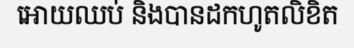
អោយឈប់ និងបានដកហូតលិខិត